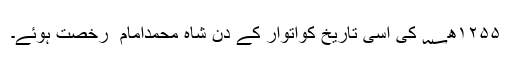
۱۲۵۵ھ؁ کی اسی تاریخ کواتوار کے دن شاہ محمدامام ؒ رخصت ہوئے۔